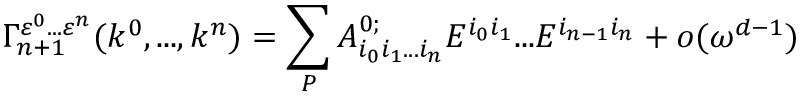
\Gamma _ { n + 1 } ^ { \varepsilon ^ { 0 } . . . \varepsilon ^ { n } } ( k ^ { 0 } , . . . , k ^ { n } ) = \sum _ { P } A _ { i _ { 0 } i _ { 1 } . . . i _ { n } } ^ { 0 ; } E ^ { i _ { 0 } i _ { 1 } } . . . E ^ { i _ { n - 1 } i _ { n } } + o ( \omega ^ { d - 1 } )